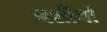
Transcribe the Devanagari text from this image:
नशीनों